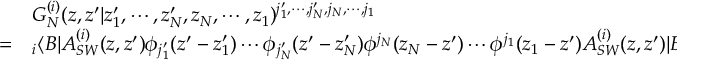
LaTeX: \begin{array} { c l } { { } } & { { G _ { N } ^ { ( i ) } ( z , z ^ { \prime } | z _ { 1 } ^ { \prime } , \cdots , z _ { N } ^ { \prime } , z _ { N } , \cdots , z _ { 1 } ) ^ { j _ { 1 } ^ { \prime } , \cdots , j _ { N } ^ { \prime } , j _ { N } , \cdots , j _ { 1 } } } } \\ { { = } } & { { { } _ { i } \langle B | A _ { S W } ^ { ( i ) } ( z , z ^ { \prime } ) \phi _ { j _ { 1 } ^ { \prime } } ( z ^ { \prime } - z _ { 1 } ^ { \prime } ) \cdots \phi _ { j _ { N } ^ { \prime } } ( z ^ { \prime } - z _ { N } ^ { \prime } ) \phi ^ { j _ { N } } ( z _ { N } - z ^ { \prime } ) \cdots \phi ^ { j _ { 1 } } ( z _ { 1 } - z ^ { \prime } ) A _ { S W } ^ { ( i ) } ( z , z ^ { \prime } ) | B \rangle _ { i } . } } \end{array}